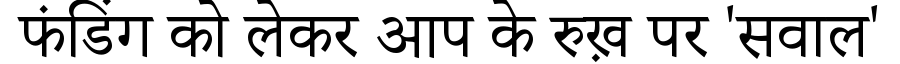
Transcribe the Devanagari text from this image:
फंडिंग को लेकर आप के रुख़ पर 'सवाल'